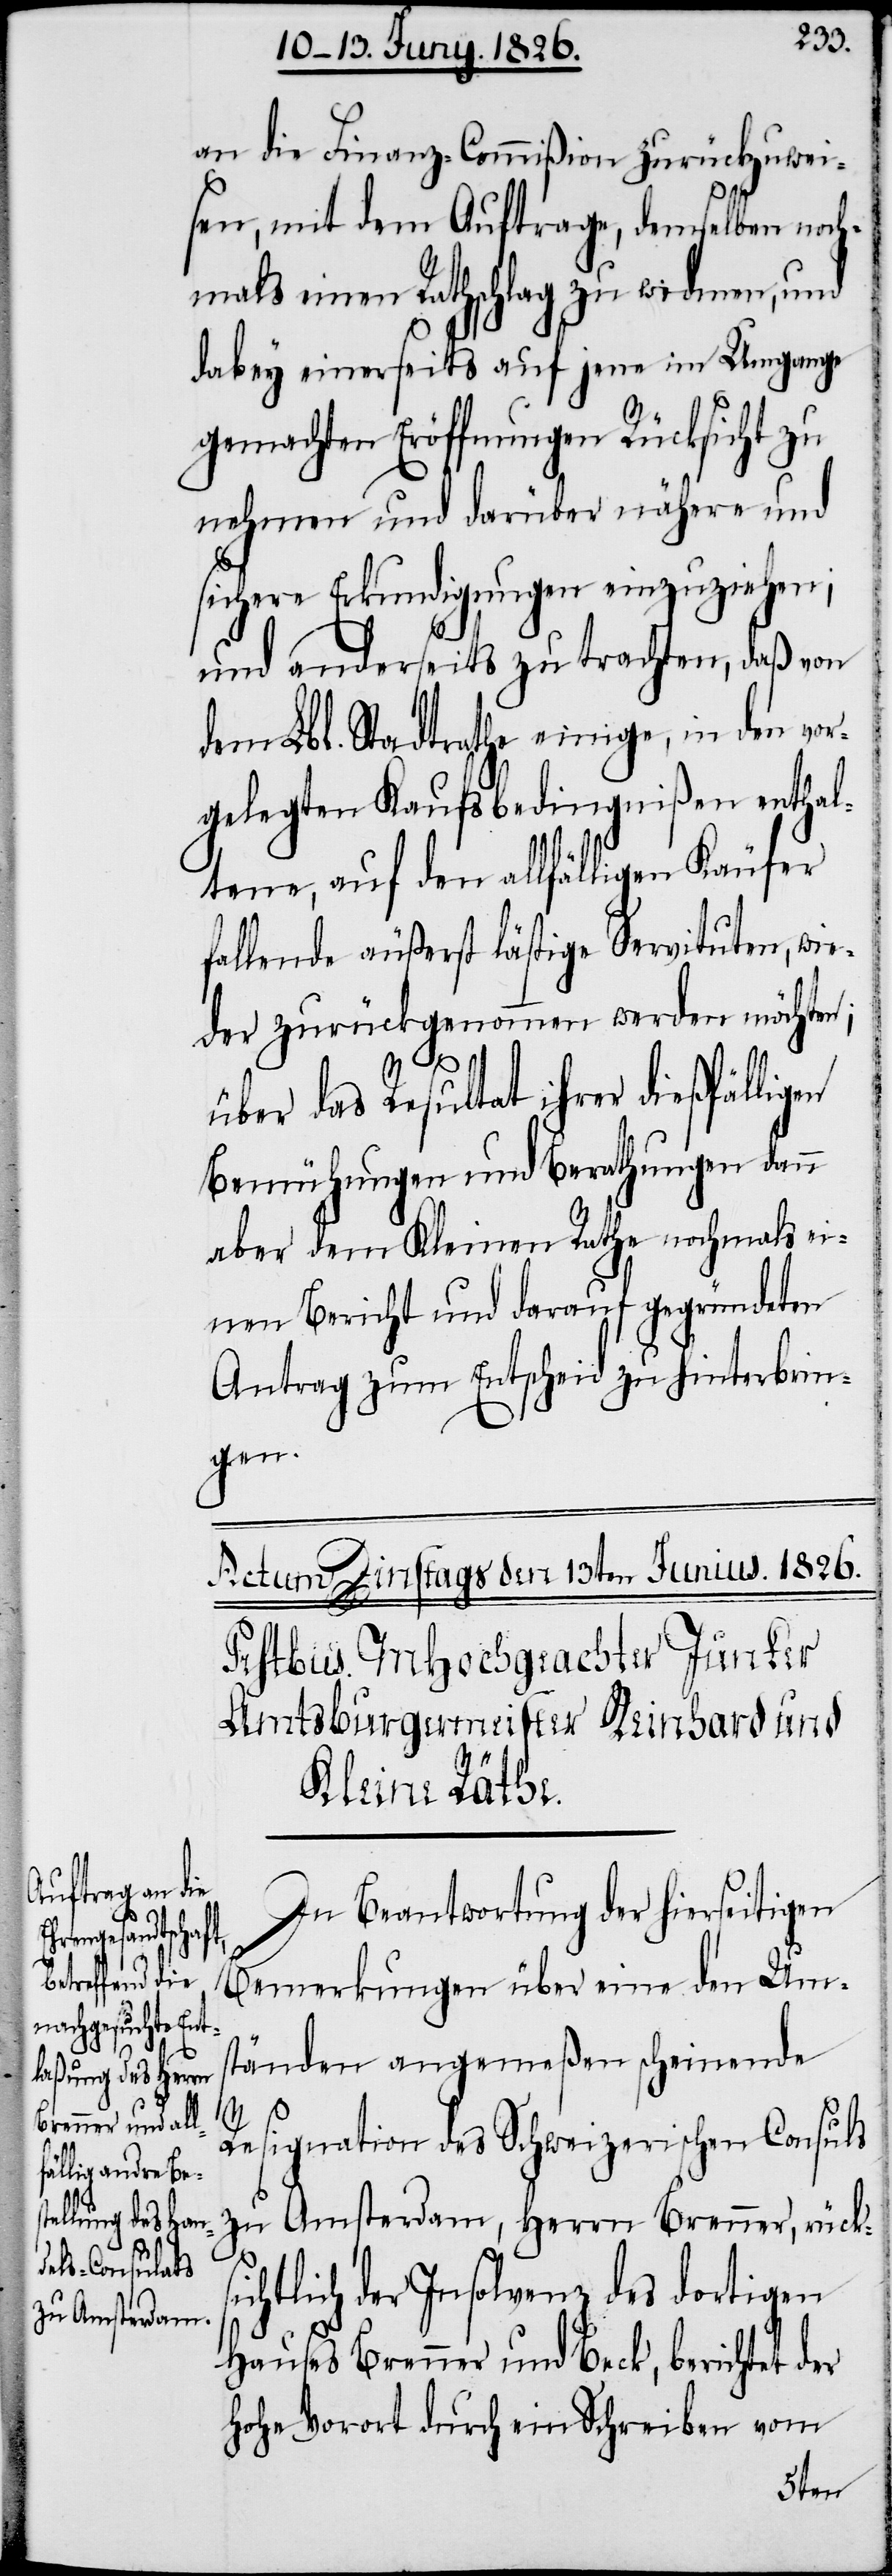
an die Finanz-Commißion zurückzuwei¬
sen, mit dem Auftrage, demselben noch¬
mals einen Rathschlag zu widmen, und
dabey einerseits auf jene im Umgange
gemachten Eröffnungen Rücksicht zu
nehmen und darüber nähere und
sichere Erkundigungen einzuziehen;
und anderseits zu trachten, daß von
dem Lbl. Stadtrathe einige, in den vor¬
gelegten Kaufsbedingnißen enthal¬
tene, auf den allfälligen Käufer
fallende äußerst lästige Servituten, wie¬
der zurückgenommen werden möchten;
über das Resultat ihrer dießfälligen
Bemühungen und Berathungen dann
aber dem Kleinen Rathe nochmals ei¬
nen Bericht und darauf gegründeten
Antrag zum Entscheid zu hinterbrin¬
gen.
In Beantwortung der hierseitigen
Bemerkungen über eine den Um¬
ständen angemeßen scheinende
Resignation des Schweizerischen Consuls
zu Amsterdam, Herrn Brenner, rücksi¬
chtlich der Insolvenz des dortigen
Hauses Brenner und Beck, berichtet der
hohe Vorort durch ein Schreiben vom